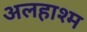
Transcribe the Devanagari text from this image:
अलहाश्म